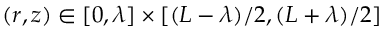
( r , z ) \in [ 0 , \lambda ] \times [ ( L - \lambda ) / 2 , ( L + \lambda ) / 2 ]